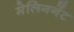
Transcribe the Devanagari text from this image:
मेलिगनेंट